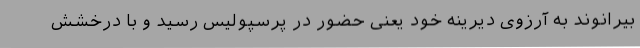
بیرانوند به آرزوی دیرینه خود یعنی حضور در پرسپولیس رسید و با درخشش